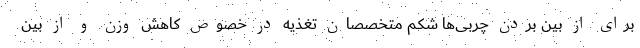
برای از بین بردن چربی‌ها شکم متخصصان تغذیه در خصوص کاهش وزن و از بین